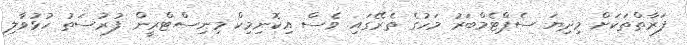
ފަރާތްތަކަށް މިދިޔަ ސެޕްޓެމްބަރު މަހުގެ ތެރޭގައި ވެސް އިކޮނިމިކް މިނިސްޓްރީން ފުރުސަތު ހުޅުވާލި